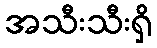
အသီးသီးရှိ